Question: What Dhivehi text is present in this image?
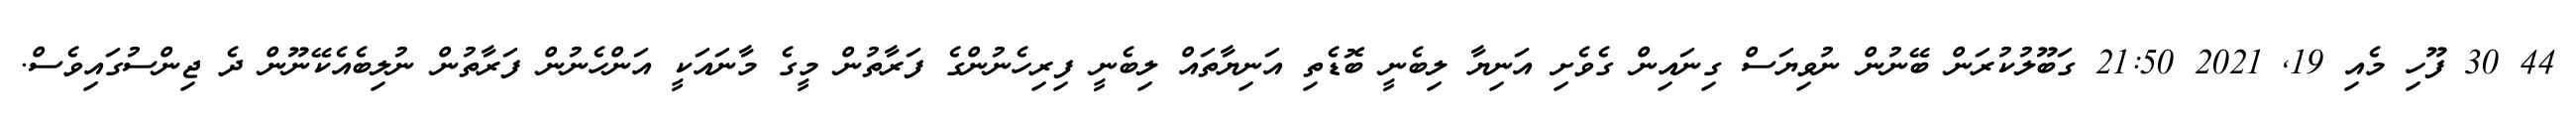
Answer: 44 30 ފޫހި މެއި 19, 2021 21:50 ގަބޫލުކުރަން ބޭނުން ނުވިޔަސް ގިނައިން ގެވެށި އަނިޔާ ލިބެނީ ބޮޑެތި އަނިޔާތައް ލިބެނީ ފިރިހެނުންގެ ފަރާތުން މީގެ މާނައަކީ އަންހެނުން ފަރާތުން ނުލިބެއެކޭނޫން ދެ ޖިންސުގައިވެސް.